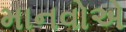
માનવોએ